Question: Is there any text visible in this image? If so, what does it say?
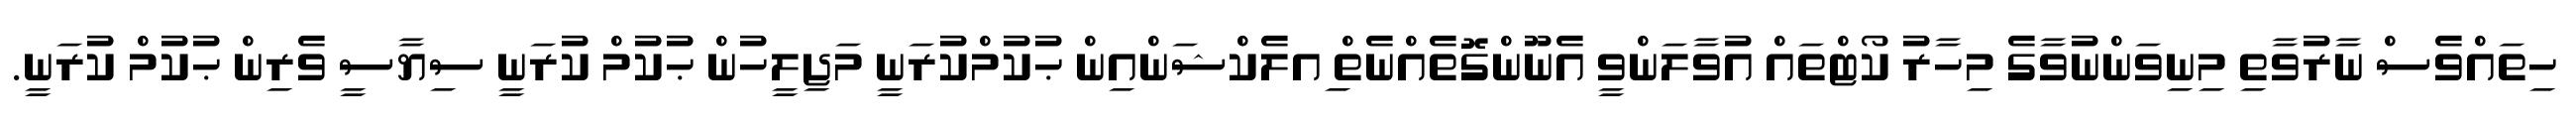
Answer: ހިތައްވެސް ނާރުވާތި މިނިވަންނުވާގެ މިހާރު ކޯޓްތައް އުވާލަންވީ އެނޫންގޮތެއްނެތް ިއލެކްޝަންއިން ޙުކުމްކުރަނީ މަޖިލީހުން ޙުކުމް ކުރަނީ ސިޔާސީ ވެރިން ޙުކުމް ކުރަނީ.